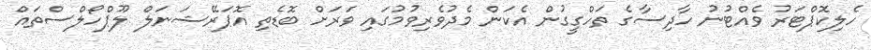
ހެލިކޮޕްޓަރު ވެއްޓުނު ހާދިސާގެ ތަހްގީގުން އެކަން މެދުވެރިވުމުގައި ވަރަށް ބޮޑެތި އޮޕަރޭޝަނަލް ލޫޕްހޯލްސްތައް